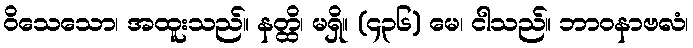
ဝိသေသော၊ အထူးသည်။ နတ္ထိ၊ မရှိ။ (၄၃၆) မေ၊ ငါသည်။ ဘာဝနာဗလံ၊